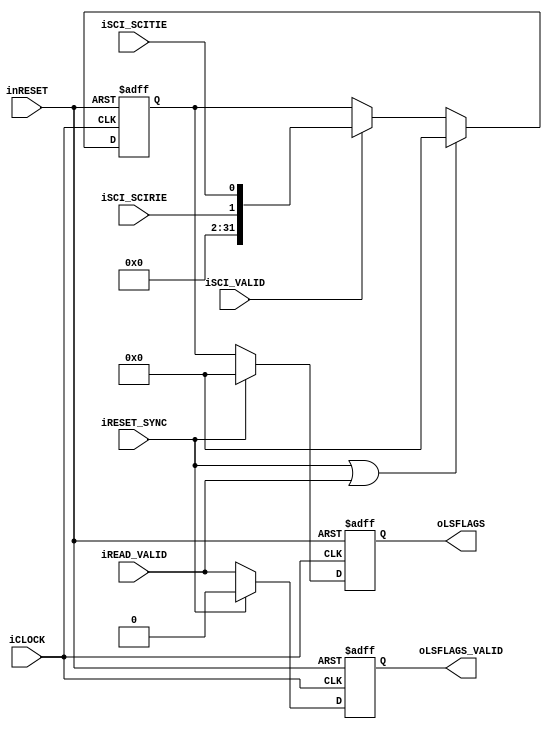
module dps_lsflags(
		input wire iCLOCK,
		input wire inRESET,
		input wire iRESET_SYNC,
		//
		input wire iSCI_VALID,
		input wire iSCI_SCITIE,
		input wire iSCI_SCIRIE,
		//
		input wire iREAD_VALID,
		//
		output wire oLSFLAGS_VALID,
		output wire [31:0] oLSFLAGS
	);
	
	reg [31:0] b_lsflags;
	always@(posedge iCLOCK or negedge inRESET)begin
		if(!inRESET)begin
			b_lsflags <= 32'h0;
		end
		else if(iRESET_SYNC || iREAD_VALID)begin
			b_lsflags <= 32'h0;
		end
		else begin
			if(iSCI_VALID)begin
				b_lsflags <= {30'h0, iSCI_SCIRIE, iSCI_SCITIE}; 
			end
		end
	end
	
	reg b_valid;
	reg [31:0] b_buff_lsflags;
	always@(posedge iCLOCK or negedge inRESET)begin
		if(!inRESET)begin
			b_valid <= 1'b0;
			b_buff_lsflags <= 32'h0;
		end
		else if(iRESET_SYNC)begin
			b_valid <= 1'b0;
			b_buff_lsflags <= 32'h0;
		end
		else begin
			b_valid <= iREAD_VALID;
			b_buff_lsflags <= b_lsflags;
		end
	end	
	
	assign oLSFLAGS_VALID = b_valid;
	assign oLSFLAGS = b_buff_lsflags;
	
endmodule